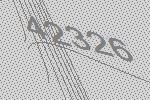
42326